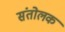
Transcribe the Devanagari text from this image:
संतोलक